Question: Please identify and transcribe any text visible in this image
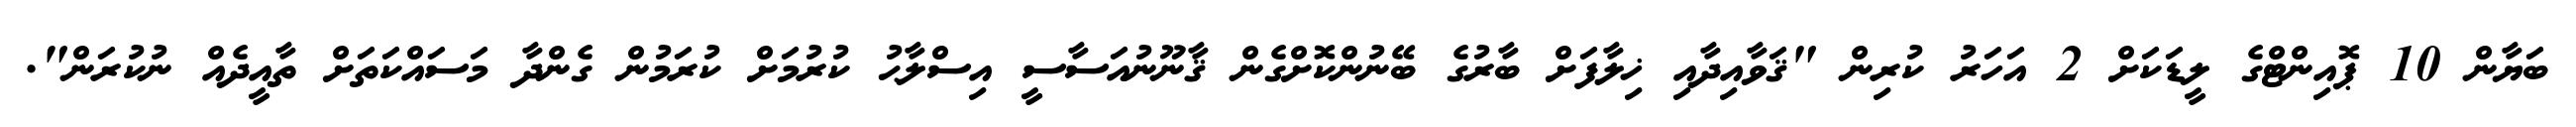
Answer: ބަޔާން 10 ޕޮއިންޓްގެ ލީޑަކަށް 2 އަހަރު ކުރިން "ޤަވާއިދާއި ޚިލާފަށް ބާރުގެ ބޭނުންކޮށްގެން ޤާނޫނުއަސާސީ އިސްލާޙު ކުރުމަށް ކުރަމުން ގެންދާ މަސައްކަތަށް ތާއީދެއް ނުކުރަން".